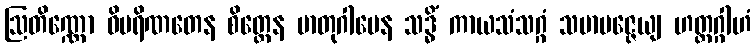
ဩတိဏ္ဏော ဝိပရိဏတေန စိတ္တေန မာတုဂါမေန သဒ္ဓိံ ကာယသံသဂ္ဂံ သမာပဇ္ဇေယျ ဟတ္ထဂ္ဂါဟံ